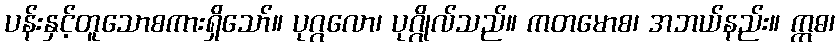
ပန်းနှင့်တူသောစကားရှိသော်။ ပုဂ္ဂလော၊ ပုဂ္ဂိုလ်သည်။ ကတမောစ၊ အဘယ်နည်း။ ဣဓ၊